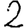
Digit: 2